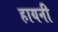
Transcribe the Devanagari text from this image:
हायनी